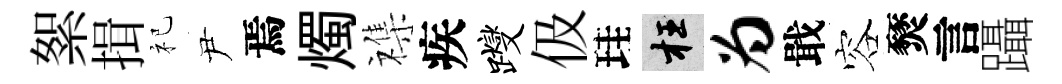
絮揖祀尹焉燭襍疾躞伋珪枉为戢容燹言躡